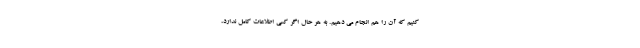
کنیم که آن را هم انجام می دهیم. به هر حال اگر کسی اطلاعات کامل ندارد،